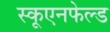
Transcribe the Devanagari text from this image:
स्कूएनफेल्ड